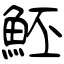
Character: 魾